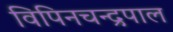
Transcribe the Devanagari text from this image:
विपिनचन्द्रपाल